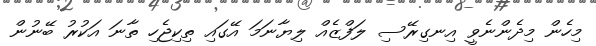
މިހެން މިދެންނެވީ އިނގިރޭސި ލަފްޒެއް ލިޔާނަމަ އޭގައި ތިކިޖެހި ތާނަ އަކުރު ބޭނުން